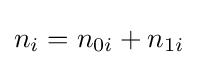
{\textstyle n_{i}=n_{0i}+n_{1i}}